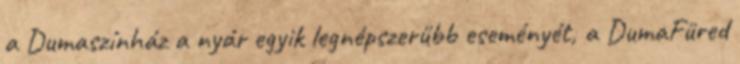
a Dumaszínház a nyár egyik legnépszerűbb eseményét, a DumaFüred